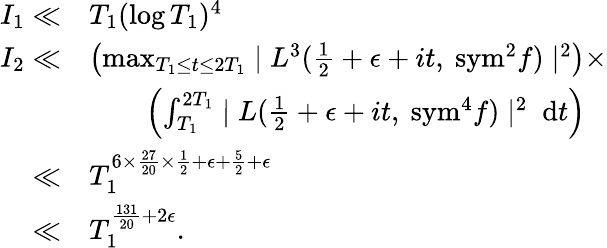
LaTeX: \begin{array}{rl}{I_{1}\ll}&{T_{1}(\log T_{1})^{4}}\\ {I_{2}\ll}&{\left(\operatorname*{max}_{T_{1}\leq t\leq 2T_{1}}\mid L^{3}(\frac{1}{2}+\epsilon+it,\ \mathrm{{sym}}^{2}f)\mid^{2}\right)\times}\\ &{\qquad\left(\int_{T_{1}}^{2T_{1}}\mid L(\frac{1}{2}+\epsilon+it,\ {\mathrm{sym}}^{4}f)\mid^{2}\ \mathrm{d}t\right)}\\ {\ll}&{T_{1}^{6\times\frac{27}{20}\times\frac{1}{2}+\epsilon+\frac{5}{2}+\epsilon}}\\ {\ll}&{T_{1}^{\frac{131}{20}+2\epsilon}.}\end{array}